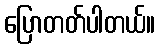
ပြောတတ်ပါတယ်။